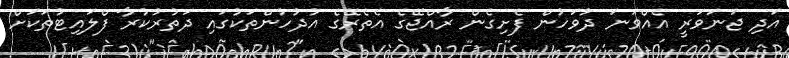
އަދި ޖަނަވަރީ އެއްވަނަ ދުވަހުން ފެށިގެން ރާއްޖޭގެ އެތެރޭގެ އުދުހުންތަކުގައި ދަތުރުކުރާ ފްލައިޓުތަކަށް